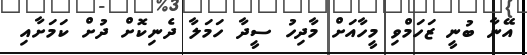
އޭނާ ބުނީ ޒަހަމްވި މީހާއަށް މާދިހު ސީދާ ހަމަލާ ދެނިކޮށް ދުށް ކަމަށާއި